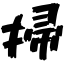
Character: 掃